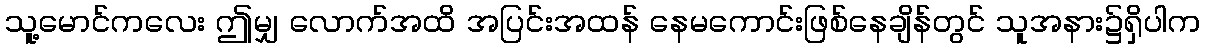
သူ့မောင်ကလေး ဤမျှ လောက်အထိ အပြင်းအထန် နေမကောင်းဖြစ်နေချိန်တွင် သူအနား၌ရှိပါက